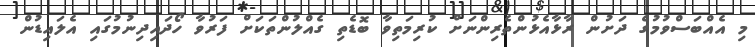
މި އެއްބަސްވުމުގެ ދަށުން ރާޅާއެޅުންތެރިންނަށް ކުރިމަތިވާ ބޮޑެތި ގެއްލުންތަކަށް ފަރުވާ ހޯދައިދިނުމުގައި އެލައިޑުން